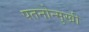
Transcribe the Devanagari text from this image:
पतनोन्मुखी